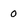
Character: 0